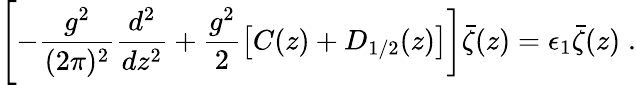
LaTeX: \Biggl[-{\frac{g^{2}}{(2\pi)^{2}}}{\frac{d^{2}}{dz^{2}}}+{\frac{g^{2}}{2}}\bigl[C(z)+D_{1/2}(z)\bigr]\biggr]\bar{\zeta}(z)=\epsilon_{1}\bar{\zeta}(z)\; .